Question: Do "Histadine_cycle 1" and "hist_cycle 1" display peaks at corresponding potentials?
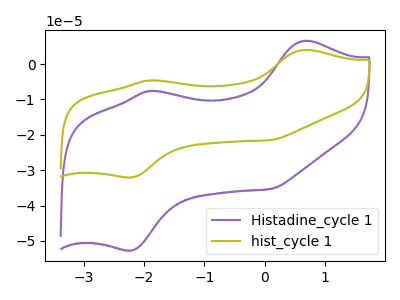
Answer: <think>The purple curve "Histadine_cycle 1" has anodic peaks at (0.65V, 6.60uA) (-1.90V, -7.60uA) and cathodic peaks at (-2.20V, -52.65uA) (0.10V, -35.25uA). The olive curve "hist_cycle 1" has anodic peaks at (0.65V, 4.00uA) (-1.90V, -4.60uA) and cathodic peaks at (-2.20V, -32.05uA) (0.10V, -21.45uA).</think>
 <answer>Yes, "Histadine_cycle 1" have a peak in "hist_cycle 1" at the same potential.</answer>
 <eval>match</eval>